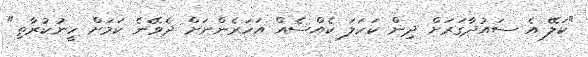
"ކަލޭ އެ ސައުދާގަރަށް ދިން ކަހަލަ ކެއްސެއް އަހަރެންނަށް ދެވޭނެ ކަމަށް ހީނުކުރާތި"